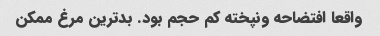
واقعا افتضاحه ونپخته کم حجم بود. بدترین مرغ ممکن